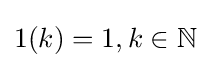
1(k)=1,k\in \mathbb {N}